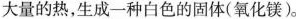
大量的热，生成一种白色的固体(氧化镁)。